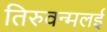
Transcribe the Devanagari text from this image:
तिरुवन्मलई